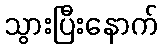
သွားပြီးနောက်